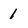
Character: l